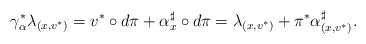
\begin{align*}\gamma_\alpha^*\lambda_{(x,v^*)}=v^*\circ d\pi+\alpha_x^\sharp\circ d\pi=\lambda_{(x,v^*)}+\pi^*\alpha^\sharp_{(x,v^*)}. \end{align*}